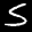
Label: 5